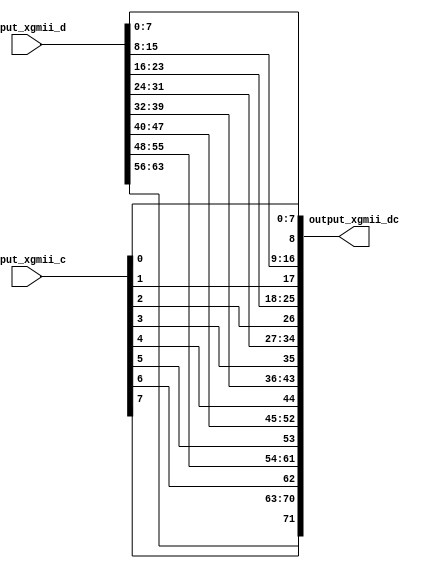
module xgmii_interleave
(
    input  wire [63:0] input_xgmii_d,
    input  wire [7:0]  input_xgmii_c,
    output wire [72:0] output_xgmii_dc
);
assign output_xgmii_dc[7:0] = input_xgmii_d[7:0];
assign output_xgmii_dc[8] = input_xgmii_c[0];
assign output_xgmii_dc[16:9] = input_xgmii_d[15:8];
assign output_xgmii_dc[17] = input_xgmii_c[1];
assign output_xgmii_dc[25:18] = input_xgmii_d[23:16];
assign output_xgmii_dc[26] = input_xgmii_c[2];
assign output_xgmii_dc[34:27] = input_xgmii_d[31:24];
assign output_xgmii_dc[35] = input_xgmii_c[3];
assign output_xgmii_dc[43:36] = input_xgmii_d[39:32];
assign output_xgmii_dc[44] = input_xgmii_c[4];
assign output_xgmii_dc[52:45] = input_xgmii_d[47:40];
assign output_xgmii_dc[53] = input_xgmii_c[5];
assign output_xgmii_dc[61:54] = input_xgmii_d[55:48];
assign output_xgmii_dc[62] = input_xgmii_c[6];
assign output_xgmii_dc[70:63] = input_xgmii_d[63:56];
assign output_xgmii_dc[71] = input_xgmii_c[7];
endmodule